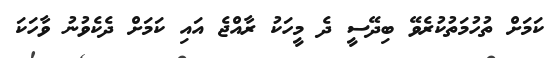
ކަމަށް ތުހުމަތުކުރެވޭ ބިދޭސީ ދެ މީހަކު ރާއްޖެ އައި ކަމަށް ދެކެވުނު ވާހަކަ